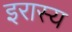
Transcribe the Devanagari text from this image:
इरास्य